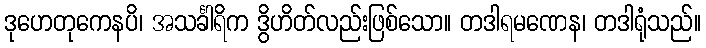
ဒုဟေတုကေနပိ၊ အသင်္ခါရိက ဒွိဟိတ်လည်းဖြစ်သော။ တဒါရမဏေန၊ တဒါရုံသည်။